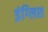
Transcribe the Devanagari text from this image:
इंग्‍लिश